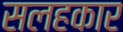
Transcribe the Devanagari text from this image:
सलहकार